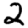
Digit: 2